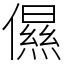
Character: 儑